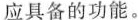
应具备的功能。